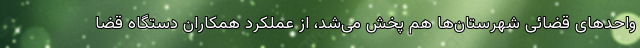
واحدهای قضائی شهرستان‌ها هم پخش می‌شد، از عملکرد همکاران دستگاه قضا